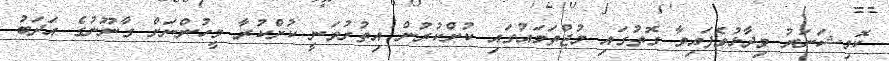
ކޮމިޝަނަރު ވިދާޅުވެފައިވާ ގޮތުގައި މުޖްތަމައުގައި ކުށްކުރުން އިތުރުވަނީ ކުށްކުރާ މީހުންނަށް ގާނޫނުގެ އަދަބު